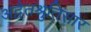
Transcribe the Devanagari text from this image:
अद्वैतश्रुतिसार